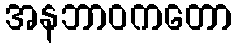
အနဘာဝကတော